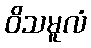
ဝိသမူလံ